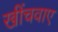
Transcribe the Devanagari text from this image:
खींचवाए